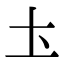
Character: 圡